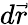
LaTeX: d\vec{r}